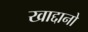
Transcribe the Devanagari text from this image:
खाद्दानो